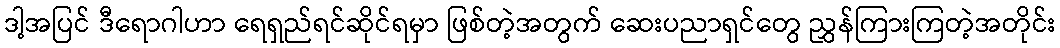
ဒါ့အပြင် ဒီရောဂါဟာ ရေရှည်ရင်ဆိုင်ရမှာ ဖြစ်တဲ့အတွက် ဆေးပညာရှင်တွေ ညွှန်ကြားကြတဲ့အတိုင်း